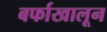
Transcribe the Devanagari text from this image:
बर्फाखालून